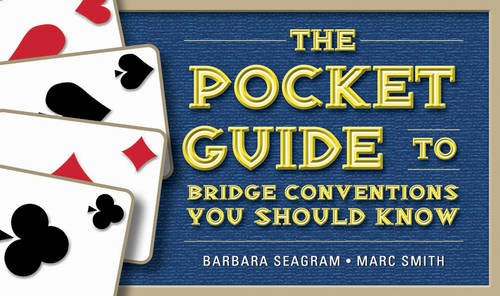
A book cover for The Pocket Guide to Bridge Conventions You Should Know; Barbara Seagram; Humor & Entertainment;